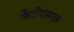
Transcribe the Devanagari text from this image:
केटीएसएल